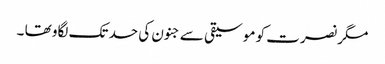
مگر نصرت کو موسیقی سے جنون کی حد تک لگاو تھا ۔